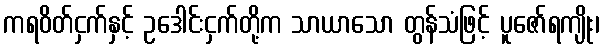
ကရဝိတ်ငှက်နှင့် ဥဒေါင်းငှက်တို့က သာယာသော တွန်သံဖြင့် ပူဇော်ရကျိုး၊